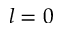
l = 0